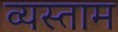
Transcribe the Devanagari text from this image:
व्यस्ताम